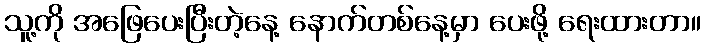
သူ့ကို အဖြေပေးပြီးတဲ့နေ့ နောက်တစ်နေ့မှာ ပေးဖို့ ရေးထားတာ။